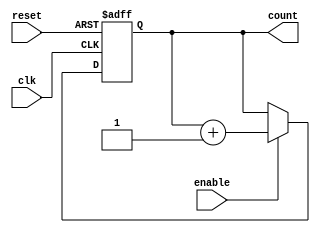
module binary_counter (
    input wire clk,          // Clock input
    input wire reset,        // Asynchronous reset
    input wire enable,       // Enable signal
    output reg [3:0] count   // 4-bit output count
);

// Always block triggered on clock edge or reset
always @(posedge clk or posedge reset) begin
    if (reset) begin
        // If reset is high, set count to 0
        count <= 4'b0000;
    end else if (enable) begin
        // If enable is high, increment the count
        count <= count + 1;
    end
    // If enable is low, the count retains its value
end

endmodule